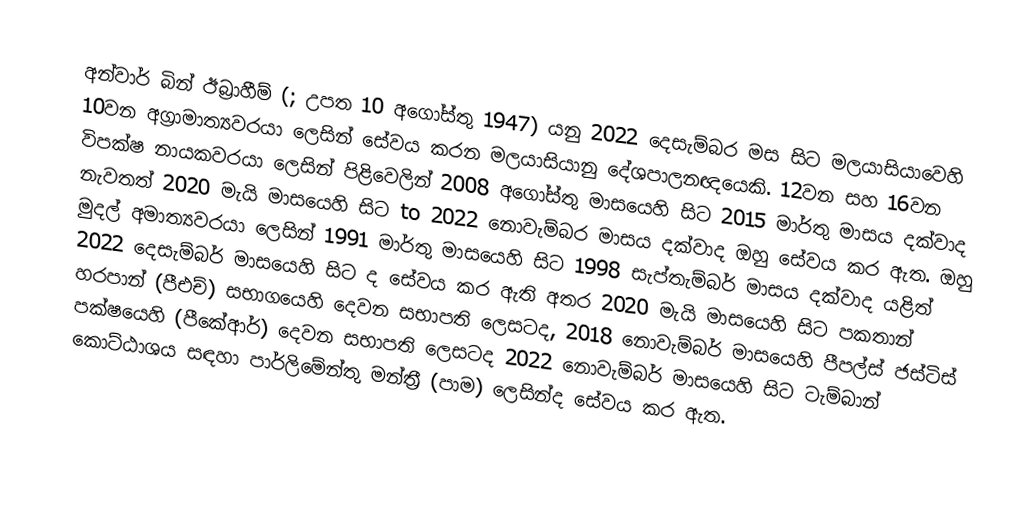
අන්වාර් බින් ඊබ්‍රාහීම් (; උපත 10 අගෝස්තු 1947) යනු 2022 දෙසැම්බර මස සිට මලයාසියාවෙහි 10වන අග්‍රාමාත්‍යවරයා ලෙසින් සේවය කරන මලයාසියානු දේශපාලනඥයෙකි. 12වන සහ 16වන විපක්ෂ නායකවරයා ලෙසින් පිළිවෙලින් 2008 අගෝස්තු මාසයෙහි සිට  2015 මාර්තු මාසය දක්වාද නැවතත්  2020 මැයි මාසයෙහි සිට  to 2022 නොවැම්බර මාසය දක්වාද ඔහු සේවය කර ඇත. ඔහු මුදල් අමාත්‍යවරයා ලෙසින් 1991 මාර්තු මාසයෙහි සිට  1998 සැප්තැම්බර් මාසය දක්වාද යළිත්  2022 දෙසැම්බර් මාසයෙහි සිට ද සේවය කර ඇති අතර  2020 මැයි මාසයෙහි සිට පකතාන් හරපාන් (පීඑච්) සභාගයෙහි දෙවන සභාපති ලෙසටද, 2018 නොවැම්බර් මාසයෙහි පීපල්ස් ජස්ටිස් පක්ෂයෙහි (පීකේආර්) දෙවන සභාපති ලෙසටද 2022 නොවැම්බර් මාසයෙහි සිට ටැම්බාන් කොට්ඨාශය සඳහා පාර්ලිමේන්තු මන්ත්‍රී (පාම) ලෙසින්ද සේවය කර ඇත.